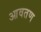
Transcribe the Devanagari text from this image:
आवतण